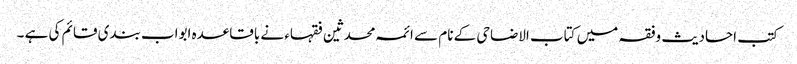
کتب احادیث وفقہ میں کتاب الاضاحی کے نام سے ائمہ محدثین فقہاء نے باقاعدہ ابواب بندی قائم کی ہے ۔